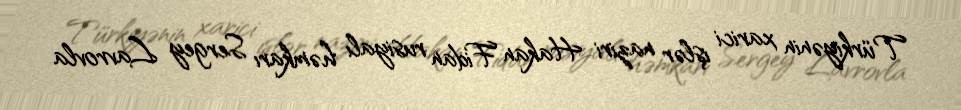
Türkiyənin xarici işlər naziri Hakan Fidan rusiyalı həmkarı Sergey Lavrovla